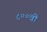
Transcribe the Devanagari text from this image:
८००वीं